Vaccine operations Central Provinces & Berar 1922-1929 - 1922-1929
Year: 1922
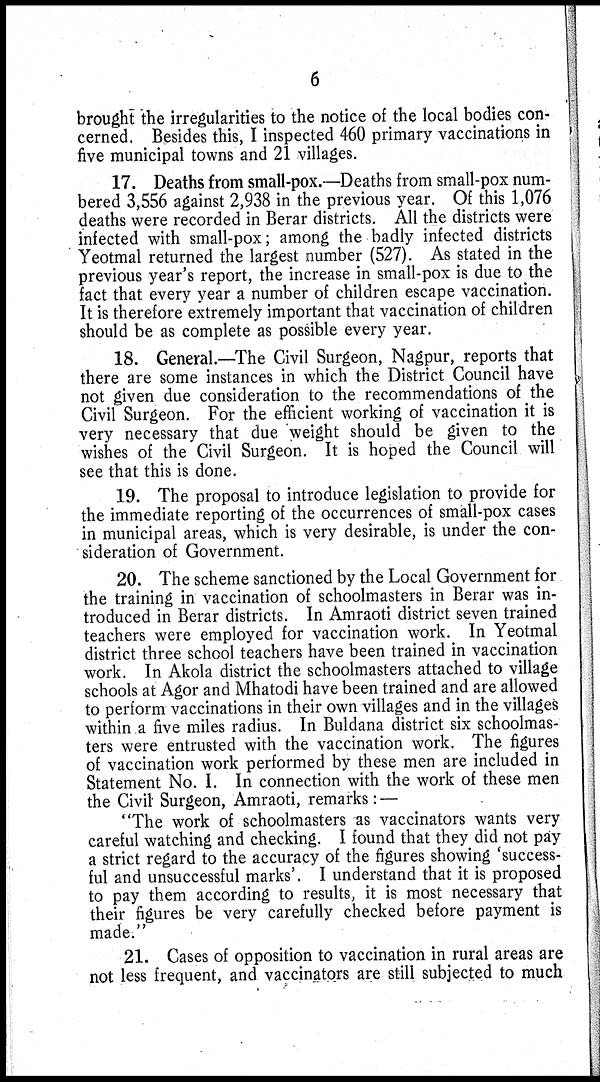
6
brought the irregularities to the notice of the local bodies con-
cerned. Besides this, I inspected 460 primary vaccinations in
five municipal towns and 21 villages.
17. Deaths from small-pox.—Deaths from small-pox num-
bered 3,556 against 2,938 in the previous year. Of this 1,076
deaths were recorded in Berar districts. All the districts were
infected with small-pox; among the badly infected districts
Yeotmal returned the largest number (527). As stated in the
previous year's report, the increase in small-pox is due to the
fact that every year a number of children escape vaccination.
It is therefore extremely important that vaccination of children
should be as complete as possible every year.
18. General.—The Civil Surgeon, Nagpur, reports that
there are some instances in which the District Council have
not given due consideration to the recommendations of the
Civil Surgeon. For the efficient working of vaccination it is
very necessary that due weight should be given to the
wishes of the Civil Surgeon. It is hoped the Council will
see that this is done.
19. The proposal to introduce legislation to provide for
the immediate reporting of the occurrences of small-pox cases
in municipal areas, which is very desirable, is under the con-
sideration of Government.
20. The scheme sanctioned by the Local Government for
the training in vaccination of schoolmasters in Berar was in-
troduced in Berar districts. In Amraoti district seven trained
teachers were employed for vaccination work. In Yeotmal
district three school teachers have been trained in vaccination
work. In Akola district the schoolmasters attached to village
schools at Agor and Mhatodi have been trained and are allowed
to perform vaccinations in their own villages and in the villages
within a five miles radius. In Buldana district six schoolmas-
ters were entrusted with the vaccination work. The figures
of vaccination work performed by these men are included in
Statement No. I. In connection with the work of these men
the Civil Surgeon, Amraoti, remarks: —
"The work of schoolmasters as vaccinators wants very
careful watching and checking. I found that they did not pay
a strict regard to the accuracy of the figures showing 'success-
ful and unsuccessful marks'. I understand that it is proposed
to pay them according to results, it is most necessary that
their figures be very carefully checked before payment is
made."
21. Cases of opposition to vaccination in rural areas are
not less frequent, and vaccinators are still subjected to much